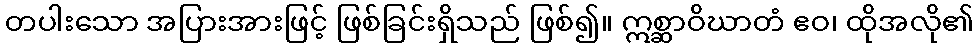
တပါးသော အပြားအားဖြင့် ဖြစ်ခြင်းရှိသည် ဖြစ်၍။ ဣစ္ဆာဝိဃာတံ ဧဝ၊ ထိုအလို၏